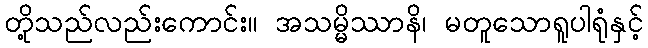
တို့သည်လည်းကောင်း။ အသမ္မိဿာနိ၊ မတူသောရူပါရုံနှင့်